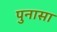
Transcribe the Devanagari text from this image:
पुनासा